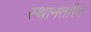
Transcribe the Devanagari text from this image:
स्थानतरित